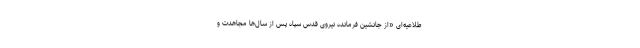
طلاعیه‌ای «از جانشین فرمانده نیروی قدس سپاه پس از سال‌ها مجاهدت و